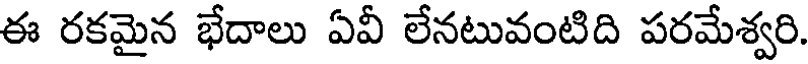
ఈ రకమైన భేదాలు ఏవీ లేనటువంటిది పరమేశ్వరి.